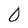
Character: 0